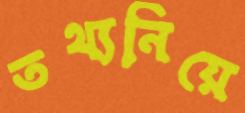
তথ্যনিয়ে